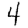
Digit: 4